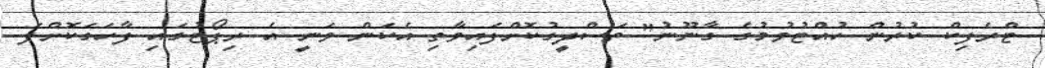
ޓްރެފިކް ކުރުން ހުއްޓުވުމުގެ ގާނޫނު" ތަސްދީގުކޮށްފައިވާތި އެކަން ވަނީ އެ ރިޕޯޓުގައި ފާހަގަކޮށްފަ